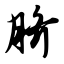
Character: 脐